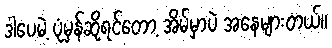
ဒါပေမဲ့ ပုံမှန်ဆိုရင်တော့ အိမ်မှာပဲ အနေများတယ်။